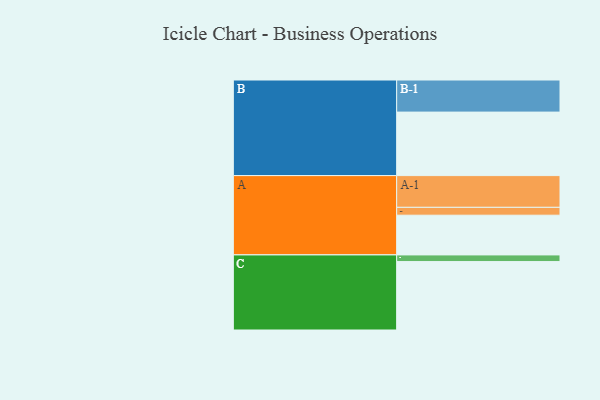
{"axis": {"x": "Segment", "y": "Value"}, "legend": ["", "A", "B", "C"], "data": [{"x": "A", "y": 339, "type": ""}, {"x": "B", "y": 542, "type": ""}, {"x": "C", "y": 584, "type": ""}, {"x": "A-1", "y": 271, "type": "A"}, {"x": "A-2", "y": 67, "type": "A"}, {"x": "B-1", "y": 274, "type": "B"}, {"x": "C-1", "y": 57, "type": "C"}]}